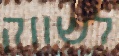
לשווק